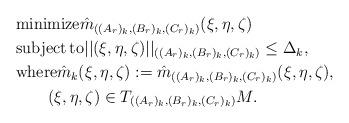
LaTeX: \begin{align*}&{\rm minimize}\hat{m}_{((A_r)_k,(B_r)_k,(C_r)_k)}(\xi,\eta,\zeta) \\&{\rm subject\, to}||(\xi,\eta,\zeta)||_{((A_r)_k,(B_r)_k,(C_r)_k)} \leq \Delta_k, \\&{\rm where}\hat{m}_k(\xi,\eta,\zeta):=\hat{m}_{((A_r)_k,(B_r)_k,(C_r)_k)}(\xi,\eta,\zeta), \\&\quad\quad (\xi,\eta,\zeta)\in T_{((A_r)_k,(B_r)_k,(C_r)_k)}M.\end{align*}